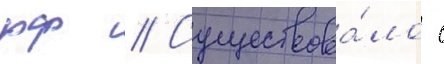
рф // Существова́ло с